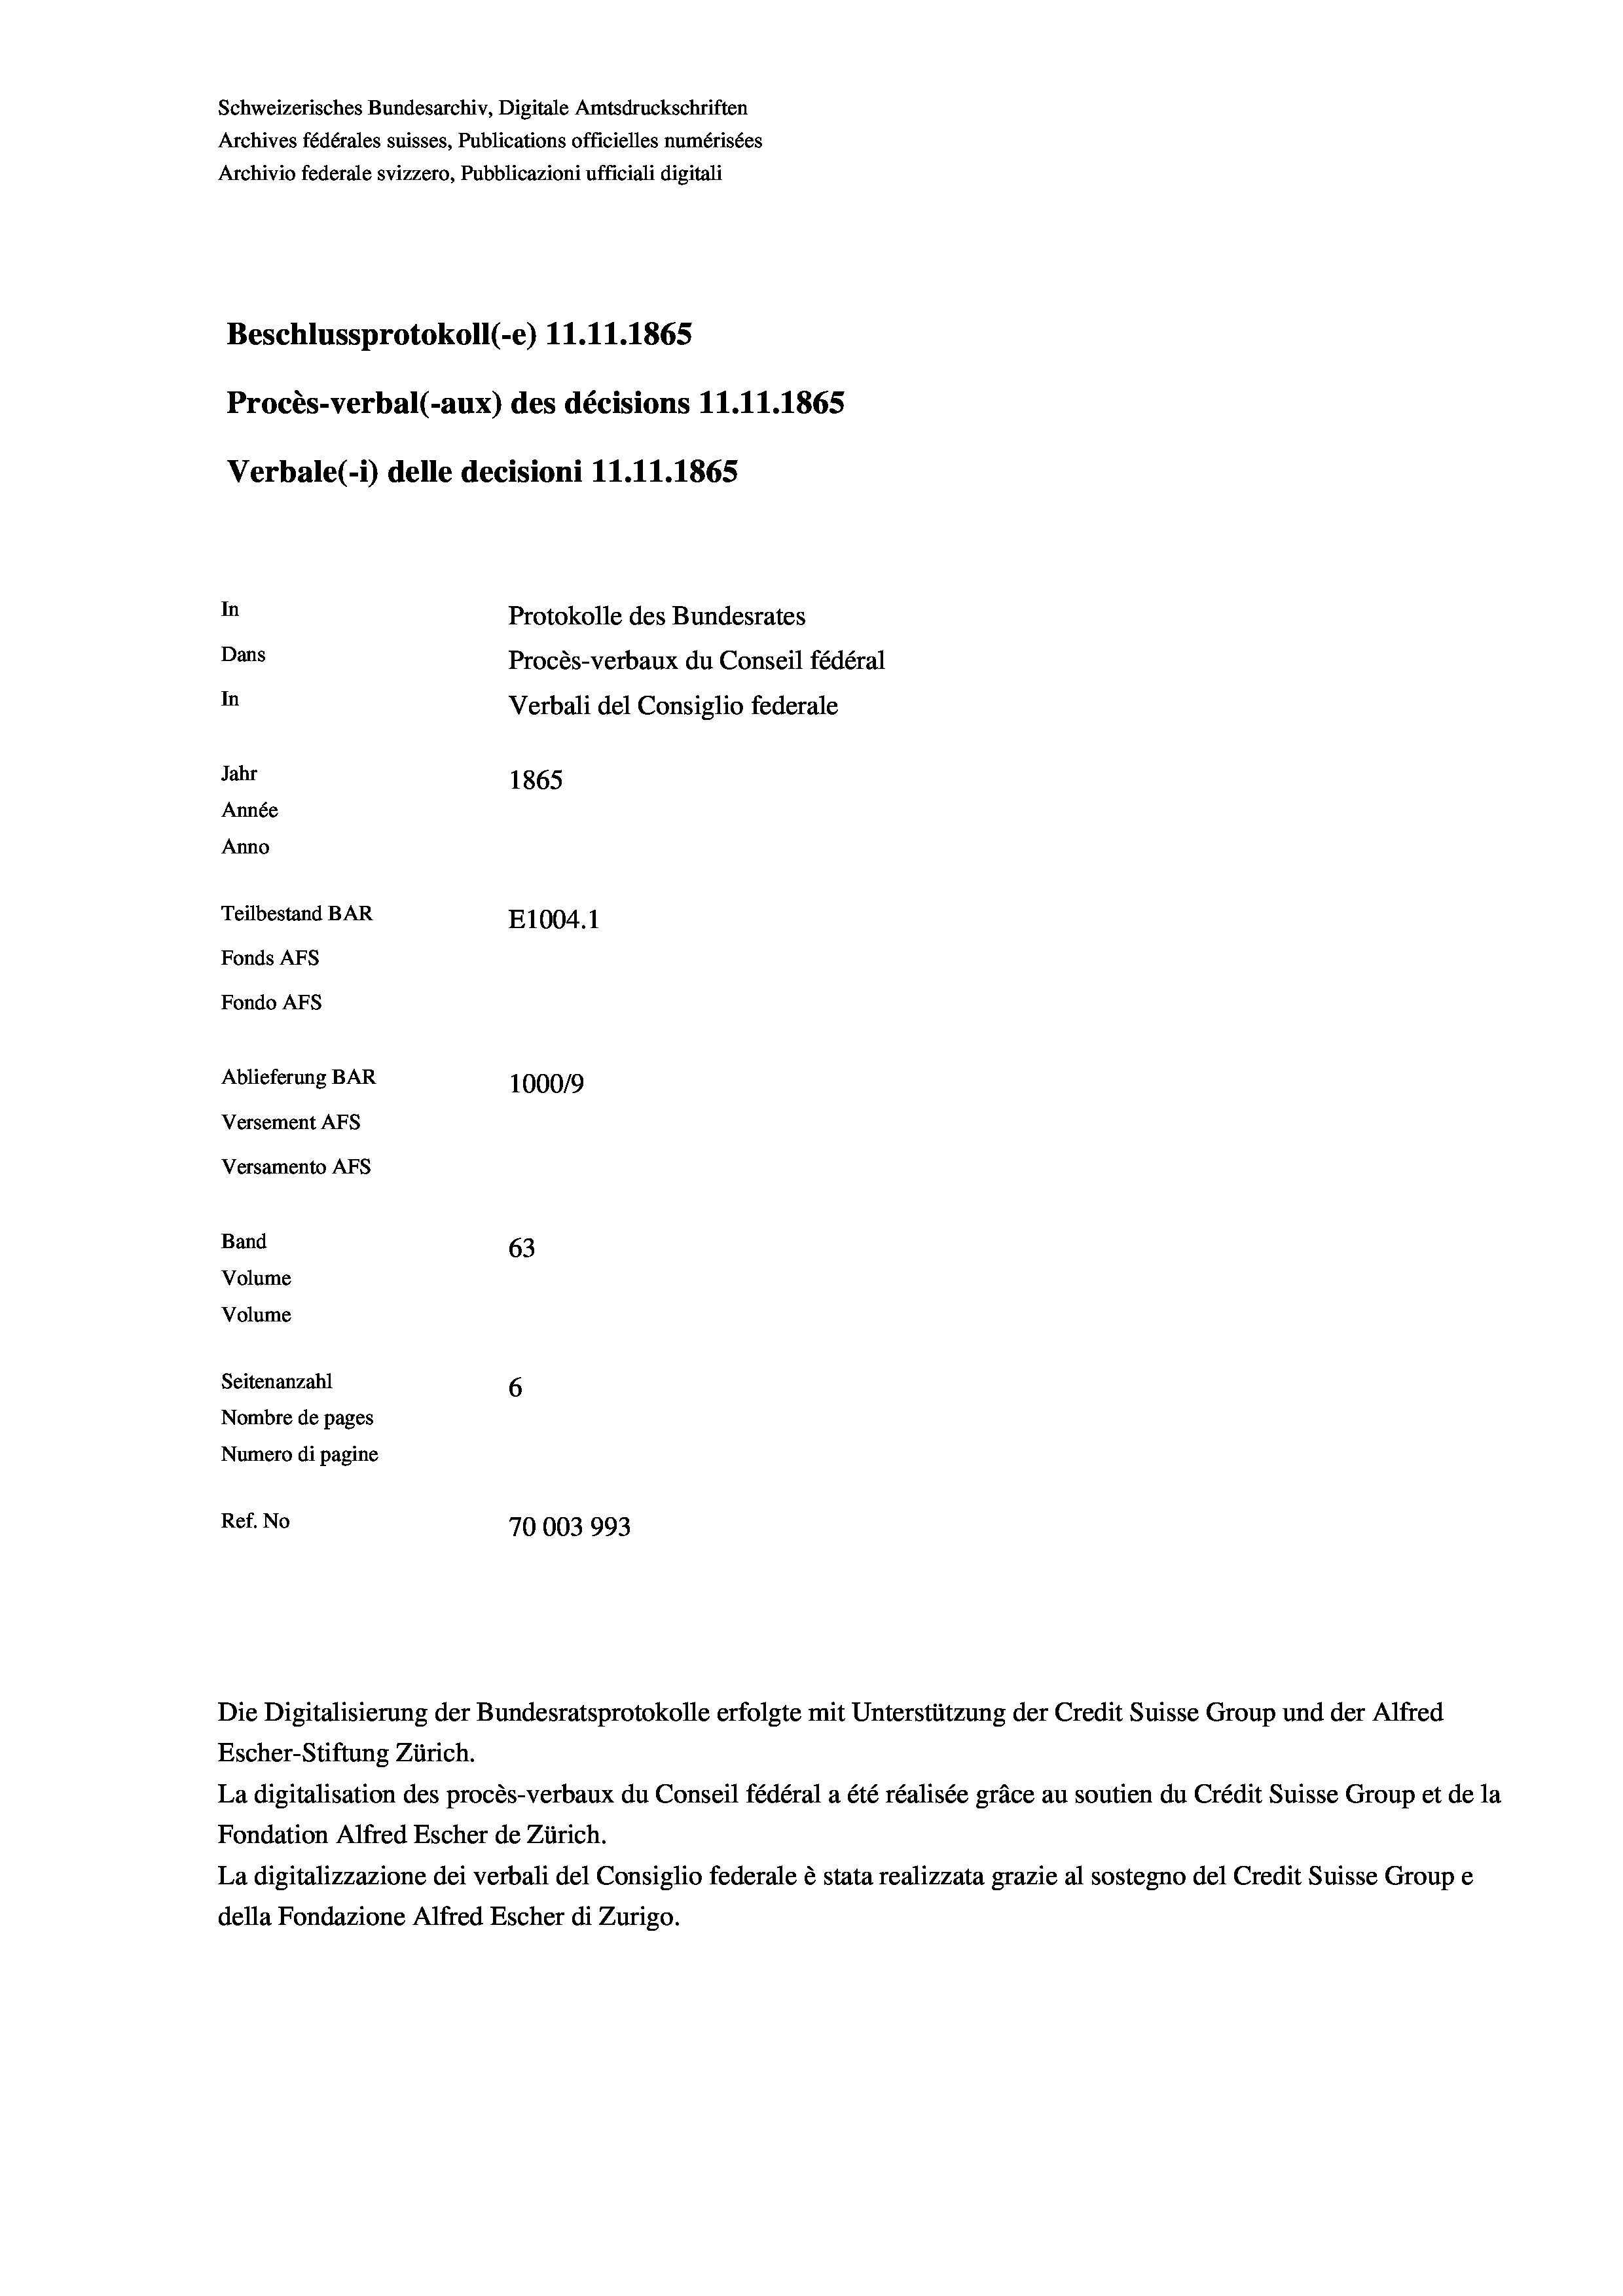
Schweizerisches Bundesarchiv, Digitale Amtsdruckschriften
Archives fédérales suisses, Publications officielles numérisées
Archivio federale svizzero, Pubblicazioni ufficiali digitali
Beschlussprotokoll (e) 11.11.1865
Procès-verbal (-aux) des décisions 11.11.1865
Verbale (i) delle decisioni 11.11.1865
In
Protokolle des Bundesrates
Dans
Procès-verbaux du Conseil fédéral
In
Verbali del Consiglio federale
Jahr
1865
Année
Anno
Teilbestand BAR
E1004. 1
Fonds AFs
Fondo AFS
Ablieferung BAR
100019
Versement AFS
Versamento Afs
Band
63
Volume
Volume
Seitenanzahl
6

Nombre de pages
Numero di pagine
Ref. No
70003993

Escher-Stiftung Zürich.
La digitalisation des procès-verbaux du Conseil fédéral a été réalisée gräce au soutien du Crédit Suisse Group et de la
Fondation Alfred Escher de Zürich.
La digitalizzazione dei verbali del Consiglio federale è stata realizzata grazie al sostegno del Credit Suisse Groupe
della Fondazione Alfred Escher di Zurigo.

.

Die Digitalisierung der Bundesratsprotokolle erfolgte mit Unterstützung der Credit Suisse Group und der Alfred